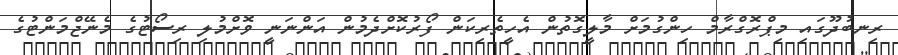
ރިނބުދޫގައި މިޕްރޮގްރާމް ހިންގުމަށް މާލީގޮތުން އެހީތެރިކަން ފޯރުކޮށްދެމުން އަންނަނީ ވޮށްމުލި ރިސޯޓުގެ މެނޭޖްމަންޓުގެ